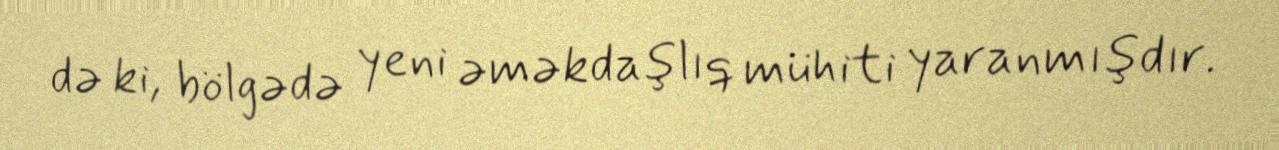
də ki, bölgədə yeni əməkdaşlıq mühiti yaranmışdır.